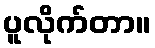
ပူလိုက်တာ။